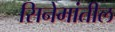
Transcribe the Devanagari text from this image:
सिनेमांतील